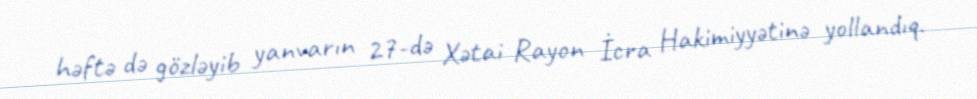
həftə də gözləyib yanvarın 27-də Xətai Rayon İcra Hakimiyyətinə yollandıq.